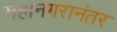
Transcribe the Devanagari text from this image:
महानगरानंतर